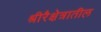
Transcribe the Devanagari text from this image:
श्रीरैक्षेत्रातील